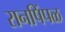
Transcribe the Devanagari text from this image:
रानपिंपळ